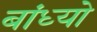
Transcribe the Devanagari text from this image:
बांध्‍यो